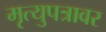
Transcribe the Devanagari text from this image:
मृत्युपत्रावर